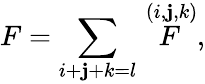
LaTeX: F=\sum_{i+\mathbf{j}+k=l}\stackrel{(i,\mathbf{j},k)}{F},